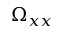
\Omega _ { x x }